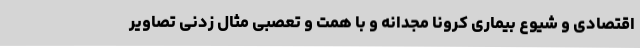
اقتصادی و شیوع بیماری کرونا مجدانه و با همت و تعصبی مثال زدنی تصاویر